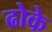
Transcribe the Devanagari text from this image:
ढोके